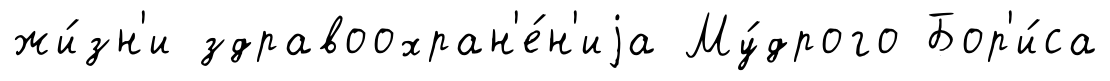
жи́зн'и здравоохран'е́н'иjа Му́дрого Бор'и́са